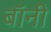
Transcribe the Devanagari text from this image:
बाॅनी